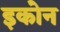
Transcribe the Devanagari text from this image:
इकोन